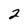
Character: 2